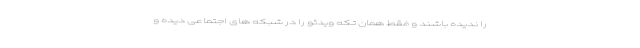
را ندیده باشند و فقط همان تکه ویدئو را در شبکه های اجتماعی دیده و